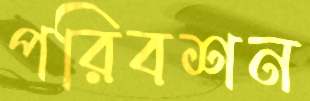
পরিবশন